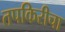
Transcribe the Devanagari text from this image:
तपकिरीचा